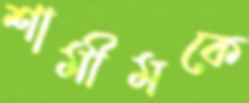
শামীমকে